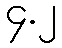
၄.၂